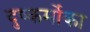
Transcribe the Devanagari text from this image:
दुष्कर्मोका